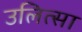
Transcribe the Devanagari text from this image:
उलित्सा